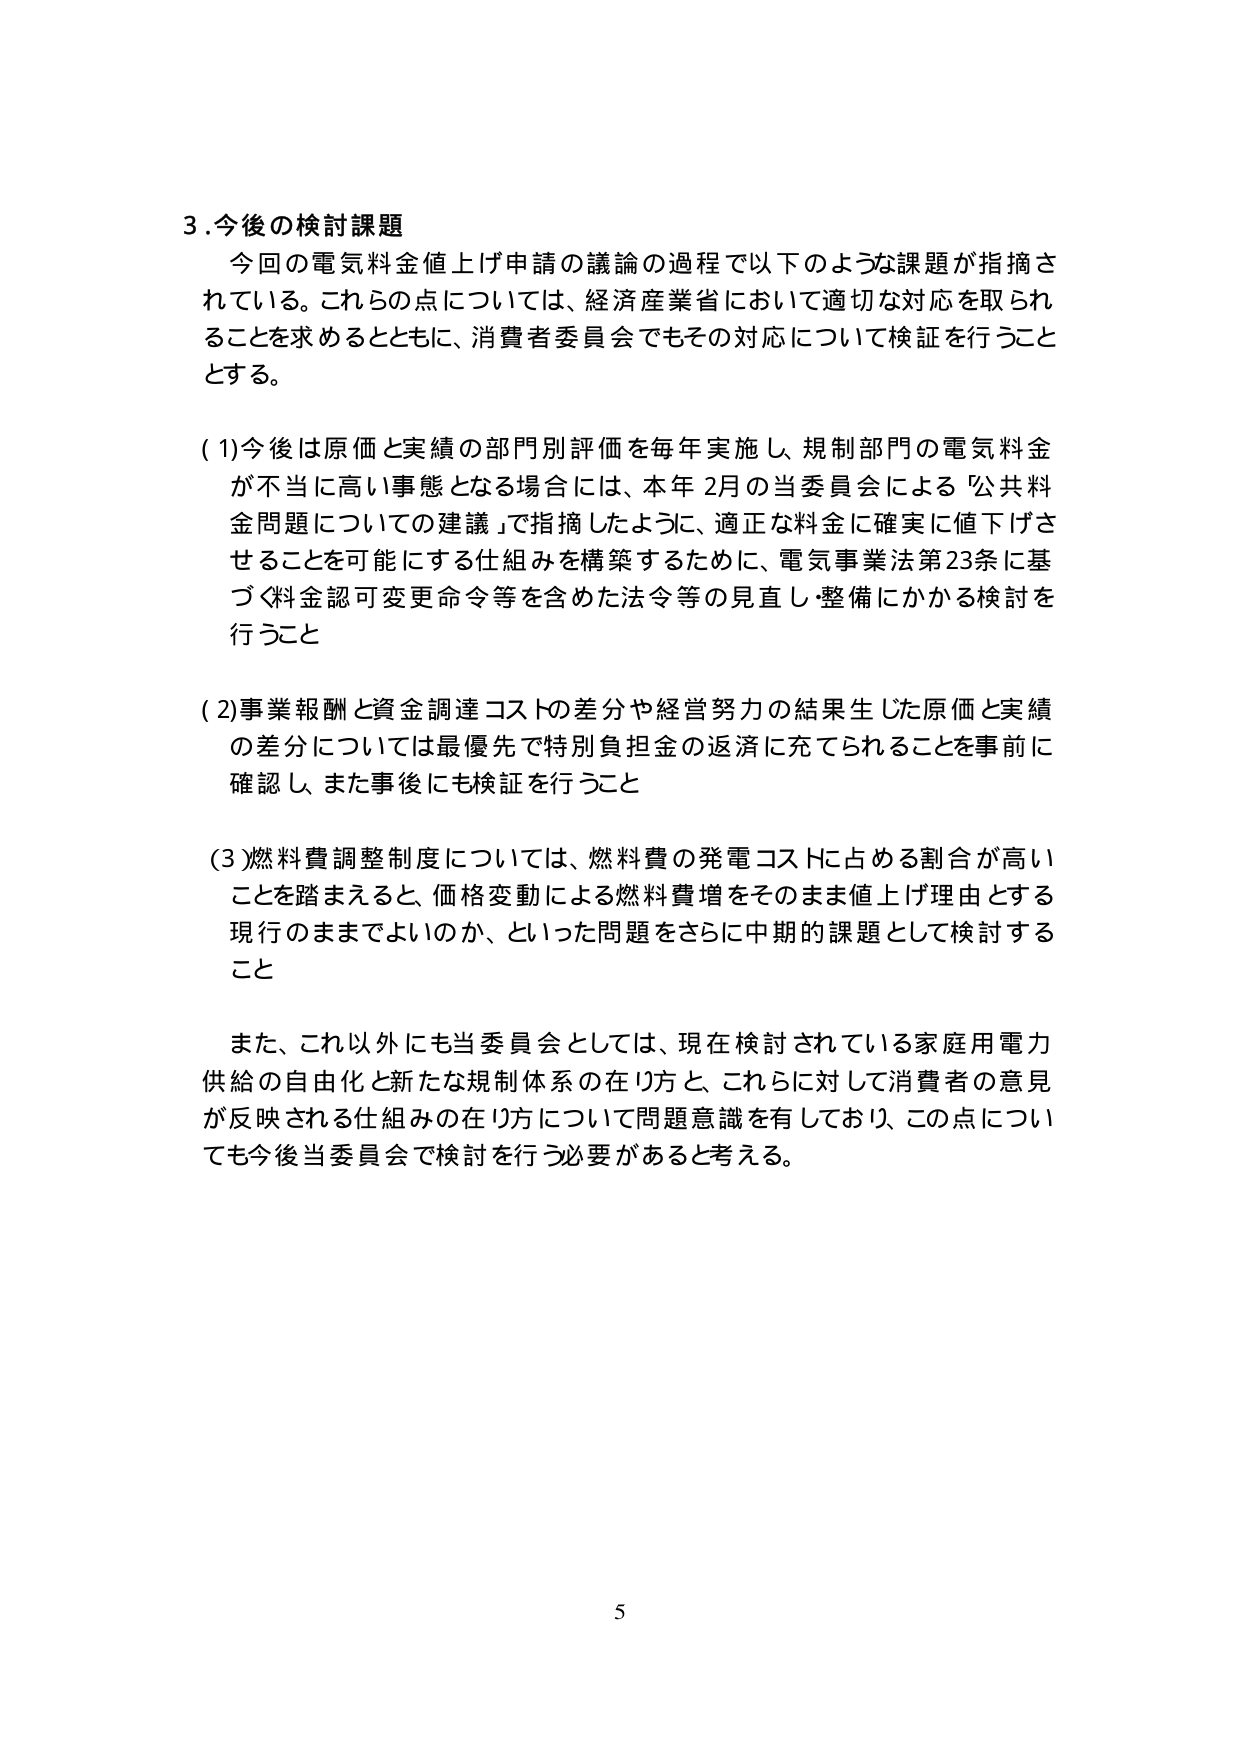
3.今後の検討課題
今回の電気料金値上げ申請の議論の過程で以下のような課題が指摘されている。これらの点については、経済産業省において適切な対応を取られることを求めるとともに、消費者委員会でもその対応について検証を行うこととする。

(1)今後は原価と実績の部門別評価を毎年実施し、規制部門の電気料金が不当に高い事態となる場合には、本年2月の当委員会による「公共料金問題についての建議」で指摘したように、適正な料金に確実に値下げさせることを可能にする仕組みを構築するために、電気事業法第23条に基づく料金認可変更命令等を含めた法令等の見直し・整備にかかる検討を行うこと

(2)事業報酬と資金調達コストの差分や経営努力の結果生じた原価と実績の差分については最優先で特別負担金の返済に充てられることを事前に確認し、また事後にも検証を行うこと

(3)燃料費調整制度については、燃料費の発電コストに占める割合が高いことを踏まえると、価格変動による燃料費増をそのまま値上げ理由とする現行のままでよいのか、といった問題をさらに中期的課題として検討すること

また、これ以外にも当委員会としては、現在検討されている家庭用電力供給の自由化と新たな規制体系の在り方と、これらに対して消費者の意見が反映される仕組みの在り方について問題意識を有しており、この点についても今後当委員会で検討を行う必要があると考える。

5